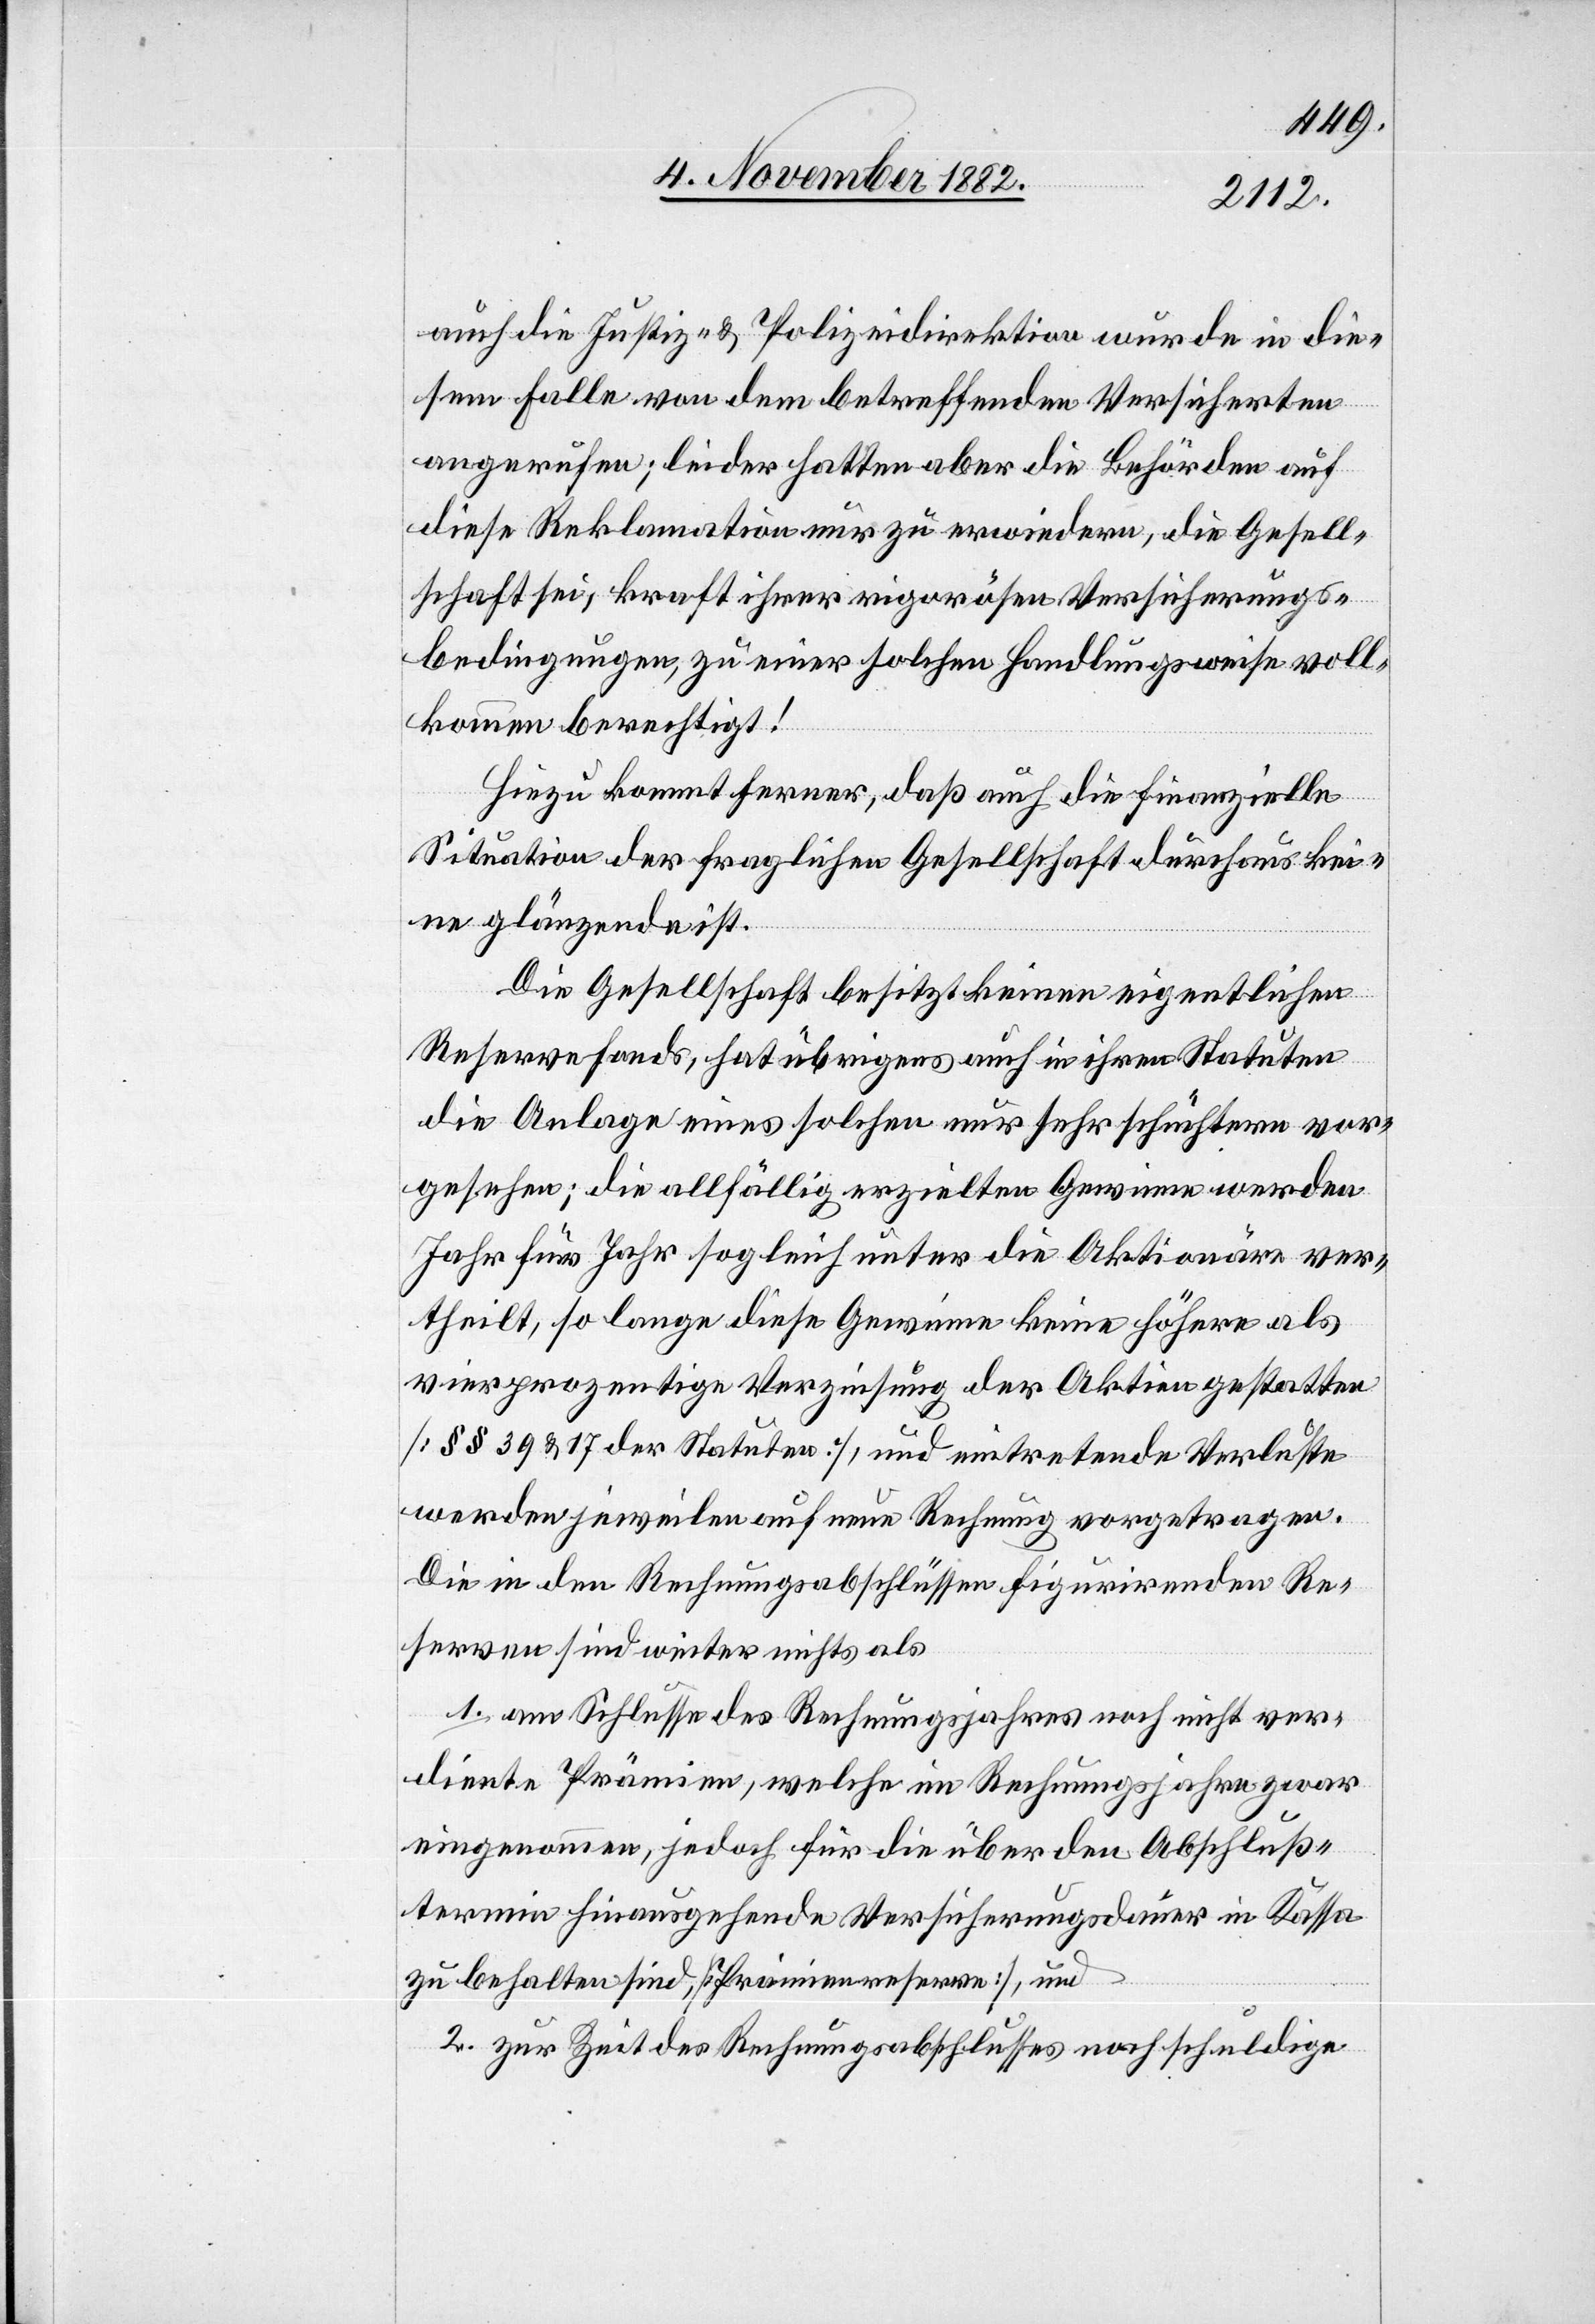
auch die Justiz- & Polizeidirektion wurde in die¬
sem Falle von dem betreffenden Versicherten
angerufen; leider hatten aber die Behörden auf
diese Reklamation nur zu erwiedern, die Gesell¬
schaft sei, kraft ihrer rigorösen Versicherungs¬
bedingungen, zu einer solchen Handlungsweise voll¬
kommen berechtigt!
Hiezu kommt ferner, daß auch die finanzielle
Situation der fraglichen Gesellschaft durchaus kei¬
ne glänzende ist.
Die Gesellschaft besitzt keinen eigentlichen
Reservefonds, hat übrigens auch in ihren Statuten
die Anlage eines solchen nur sehr schüchtern vor¬
gesehen; die allfällig erzielten Gewinne werden
Jahr für Jahr sogleich unter die Aktionäre ver¬
theilt, so lange diese Gewinne keine höhere als
vierprozentige Verzinsung der Aktien gestatten
[§§ 39 & 17 der Statuten], und eintretende Verluste
werden jeweilen auf neue Rechnung vorgetragen.
Die in den Rechnungsabschlüssen figurirenden Re¬
serven sind weiter nichts als
1. am Schlusse des Rechnungsjahres noch nicht ver¬
diente Prämien, welche im Rechnungsjahre zwar
eingenommen, jedoch für die über den Abschluß¬
termin hinausgehende Versicherungsdauer in Kassa
zu behalten sind, [Prämienreserve], und
2. zur Zeit des Rechnungsabschlusses noch schuldige